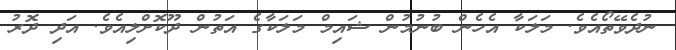
ނުދެވޭތޯއެވެ. މަލަކާ އެހެން ބުނުމުން ޝައިމް މަލަކާގެ އަތުން ދޫކޮށްލިއެވެ. އަދި ދޮރު